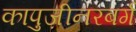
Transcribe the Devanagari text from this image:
कापुज़ीनरबर्ग